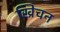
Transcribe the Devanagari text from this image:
ख्रिचन